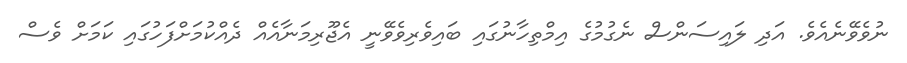
ނުވެވޭނެއެވެ. އަދި ލައިސަންސް ނެގުމުގެ އިމްތިހާނުގައި ބައިވެރިވެވޭނީ އެޖޫރިމަނާއެއް ދެއްކުމަށްފަހުގައި ކަމަށް ވެސް